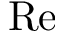
\mathrm { R e }